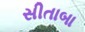
સીતાબા